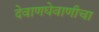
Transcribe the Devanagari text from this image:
देवाणघेवाणीचा